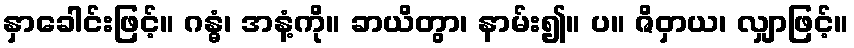
နှာခေါင်းဖြင့်။ ဂန္ဓံ၊ အနံ့ကို။ ခာယိတွာ၊ နာမ်း၍။ ပ။ ဇိဝှာယ၊ လျှာဖြင့်။